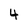
Character: 4